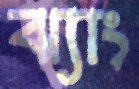
ঝ্যাং